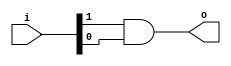
`timescale 1ns / 1ps
//2-input and-gate using gate level modelling.
module and_gate(o,i);
parameter inputs = 2;
input [inputs:1] i;
output o;
generate case(inputs)
2: and a2 (o,i[2],i[1]);
3: and a3 (o,i[3],i[2],i[1]);
4: and a4 (o,i[4],i[3],i[2],i[1]);
5: and a5 (o,i[5],i[4],i[3],i[2],i[1]);
6: and a6 (o,i[6],i[5],i[4],i[3],i[2],i[1]);
7: and a7 (o,i[7],i[6],i[5],i[4],i[3],i[2],i[1]);
8: and a8 (o,i[8],i[7],i[6],i[5],i[4],i[3],i[2],i[1]);
9: and a9 (o,i[9],i[8],i[7],i[6],i[5],i[4],i[3],i[2],i[1]);
10: and a10 (o,i[10],i[9],i[8],i[7],i[6],i[5],i[4],i[3],i[2],i[1]);
endcase
endgenerate
endmodule

//n-input and-gate using dataflow modelling.
module and_dataflow(o,i);
parameter inputs = 2;
input [inputs:1] i;
output o;
assign o = &i;
endmodule

//n-input and-gate using behavioural modelling. 
module and_behav(o,i);
parameter inputs = 2;
input [inputs:1] i;
output reg o;
always @ (i)
o = &i;
endmodule